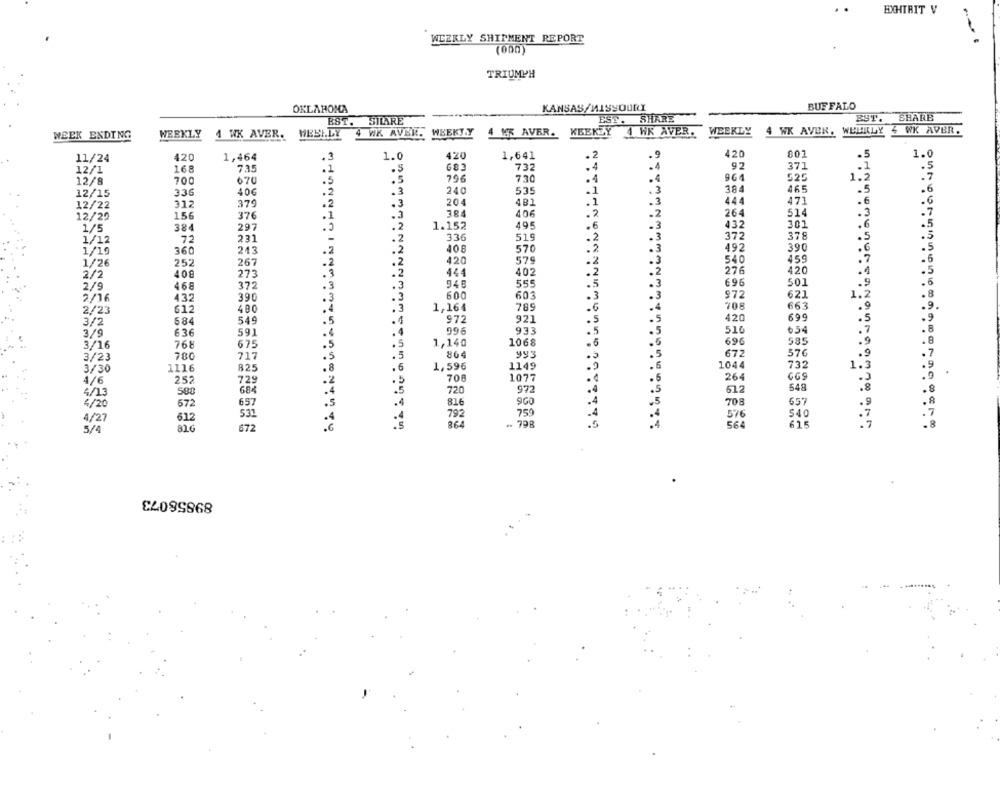
EXHIBIT V
WEEKLY SHIPMENT REPORT
(000)
TRIUMPH
OKLAHOMA
KANSAS/MISSOURI
BUFFALO
SILARE
EST . SHARE
EST.
SHARE
BST.
WEEK ENDING
WEEKLY
1 WK AVER. WEBLLY
4 WK AVER. WEEKJ.Y
4 MK AVER. KEEKZY 4 WK AVER.
WEEKLY
4 WK AVEN, WEEKLY & WK AVER.
11/24
420
1,464
.3
1.0
420
1,641
. 2
.9
420
807
.5
1.0
681
732
·4
.4
92
371
.. 1
.5
12/1
168
735
.1
12/8
700
670
.5
.5
796
730
.4
.4
961
525
1.2
.7
336
406
.3
240
535
.1
. 3
384
465
.5
12/15
12/22
312
379
.2
.3
204
481
.1
.3
444
471
. 6
156
376
.1
.3
406
. 2
-2
264
514
.3
12/20
1/5
384
297
.2
1.152
495
.6
.3
432
301
.6
231
-
.2
336
519
.2
.3
372
378
.5
1/12
72
.6
5
1/19
360
243
.2
.2
408
570
.2
.3
492
390
252
267
.2
.2
420
579
.2
.3
540
459
.7
1/26
.2
420
.1
5
2/2
408
273
.3
.2
444
402
2
276
468
372
.3
.3
555
.3
696
501
.9
2/9
600
603
.3
$72
621
1.2
2/16
432
390
.3
.3
.3
612
480
.3
1,164
789
708
663
.9.
2/23
5
420
699
.5
9
3/2
684
549
.4
972
921
3/9
636
591
4
996
933
.5
.5
516
654
.5
696
585
.9
. 8
3/16
768
675
.5
1,140
1068
780
717
. 5
864
993
.5
672
576
.9
7
3/23
1149
.2
.6
1044
732
1.3
. 9
3/30
1116
825
.8
6
1,596
252
729
.2
708
1077
264
4/6
684
.4
972
.4
.5
612
548
4/13
580
720
572
657
.5
816
.4
708
657
.9
4/20
750
.4
4/27
612
53
.4
792
.4
540
816
672
.6
864
.. 798
.4
615
.7
5/4
89858073